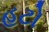
હટો